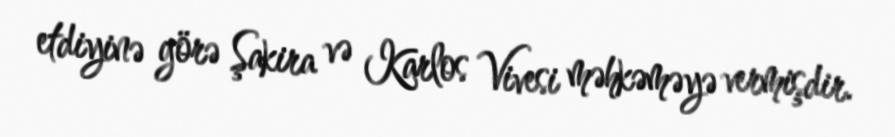
etdiyinə görə Şakira və Karlos Vivesi məhkəməyə vermişdir.